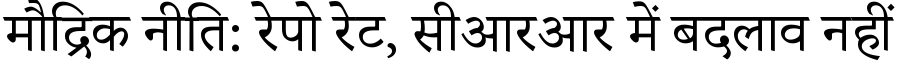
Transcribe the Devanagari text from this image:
मौद्रिक नीति: रेपो रेट, सीआरआर में बदलाव नहीं